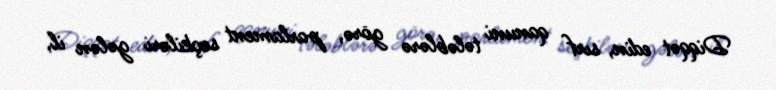
Diqqət edin, sırf qanuni tələblərə görə, parlament seçkiləri gələn il,